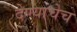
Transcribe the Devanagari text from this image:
देण्याचेच